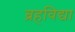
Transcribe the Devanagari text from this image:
ब्रहविद्या